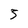
Character: 3